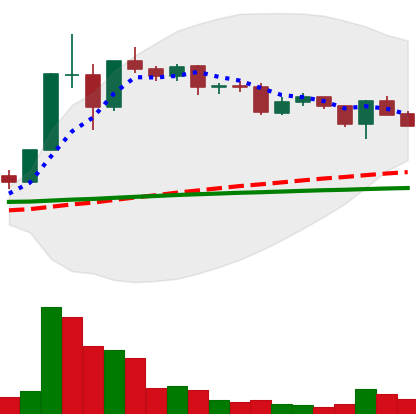
Ticker: XLM-USD
Chart end date: 2020-12-11
Forward return: 26.605%
Label: up_7plus